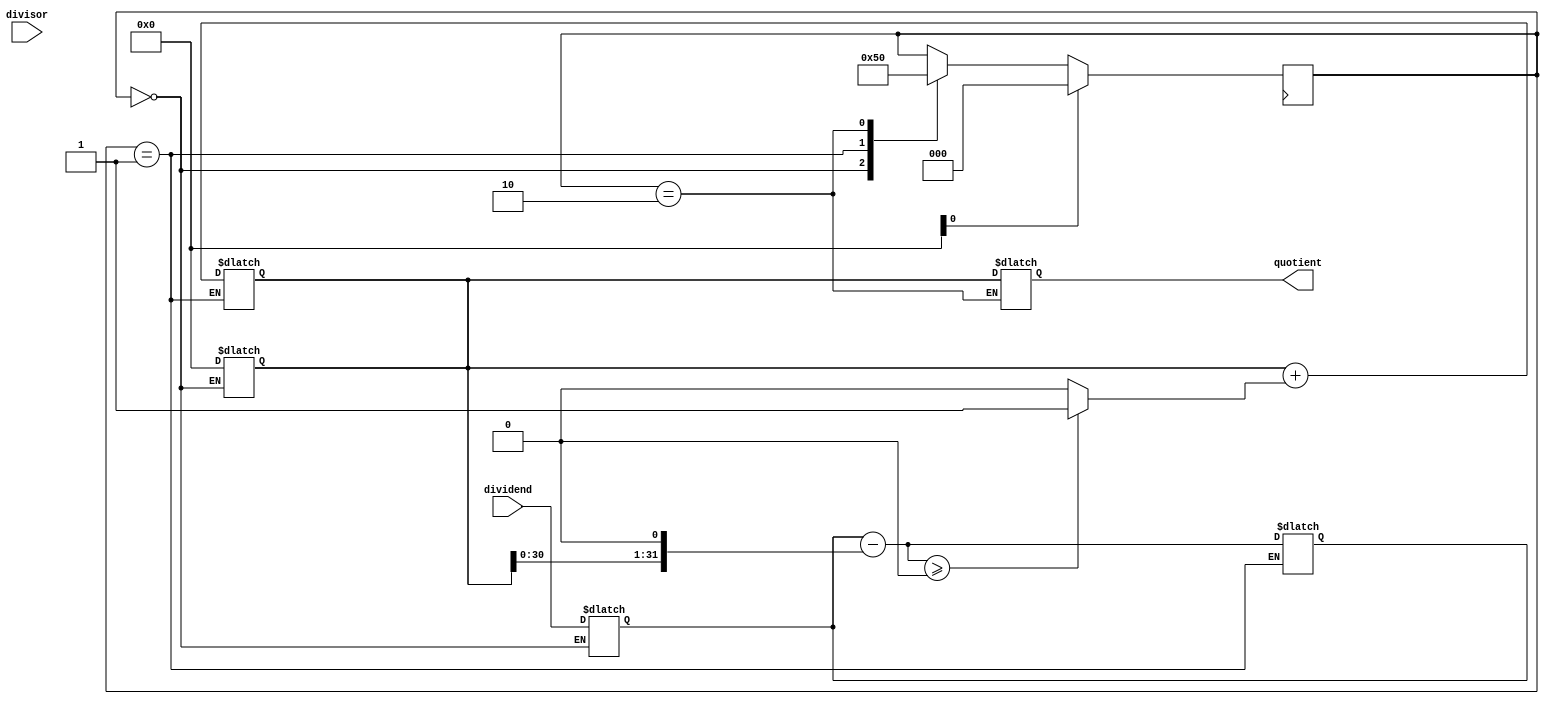
module pipelined_divider (
    input wire signed [31:0] dividend,
    input wire signed [31:0] divisor,
    output wire signed [31:0] quotient
);

// Control signals
reg [2:0] stage;
wire [31:0] next_dividend;
wire [31:0] partial_quotient;

// Stage 0: Initialize
always @(*) begin
    if (stage == 0) begin
        next_dividend = dividend;
        partial_quotient = 0;
    end
end

// Stage 1: Compute partial quotient
always @(*) begin
    if (stage == 1) begin
        next_dividend = next_dividend - (partial_quotient << 1);
        partial_quotient = partial_quotient + (next_dividend >= 0 ? 1 : 0);
    end
end

// Stage 2: Update quotient
always @(*) begin
    if (stage == 2) begin
        quotient = partial_quotient;
    end
end

// Control logic
always @(posedge clk) begin
    if (reset) begin
        stage <= 0;
    end else begin
        case (stage)
            0: stage <= 1;
            1: stage <= 2;
            2: stage <= 0;
        endcase
    end
end

endmodule